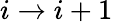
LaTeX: i\to i+1